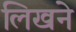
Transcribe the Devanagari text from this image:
लिखने